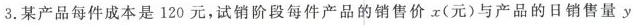
3.某产品每件成本是120元，试销阶段每件产品的销售价 x(元) 产品的日销售量y